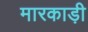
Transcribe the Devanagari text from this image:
मारकाड़ी